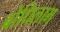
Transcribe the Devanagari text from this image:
बोधिलाभ